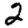
Digit: 2